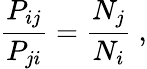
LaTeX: {\frac{P_{ij}}{P_{ji}}}={\frac{N_{j}}{N_{i}}}~,